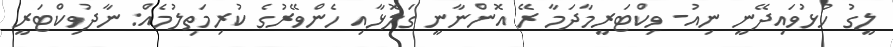
ލީގު ހުޅުވައިދޭނީ ނިއު- ވިކްޓަރީމާދަމާ ރޭ އޮންނާނީ ގަލޮޅާއި ހެންވޭރުގެ ކުރިމަތިލުމެއް: ނާދުވިކްޓަރީ